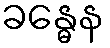
ခန္ဓေန